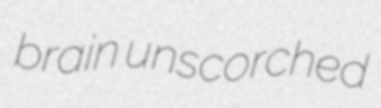
brain unscorched